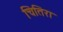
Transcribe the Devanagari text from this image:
चितिरा